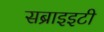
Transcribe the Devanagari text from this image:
सब्राइइटी